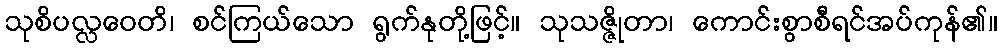
သုစိပလ္လဝေတိ၊ စင်ကြယ်သော ရွက်နုတို့ဖြင့်။ သုသဇ္ဇိုတာ၊ ကောင်းစွာစီရင်အပ်ကုန်၏။